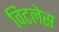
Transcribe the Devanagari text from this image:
विटलेस